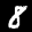
Label: 8